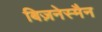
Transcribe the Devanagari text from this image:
बिज़नेस्मैन